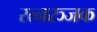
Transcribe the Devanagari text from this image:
रत्नरञ्जक